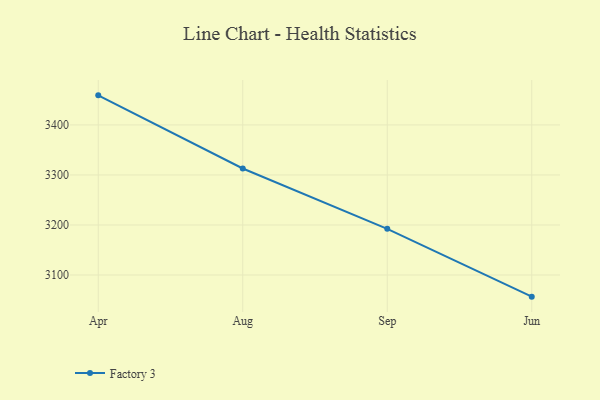
{"axis": {"x": "Month", "y": "Population (Million)"}, "legend": ["Factory 3"], "data": [{"x": "Apr", "y": 3459.1, "type": "Factory 3"}, {"x": "Aug", "y": 3312.9, "type": "Factory 3"}, {"x": "Sep", "y": 3192.3, "type": "Factory 3"}, {"x": "Jun", "y": 3056.8, "type": "Factory 3"}]}